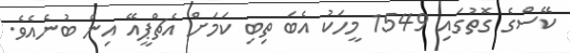
ކޭސްގެ ގޮތުގައި 1549 މީހަކު އެބަ ތިބި ކަމަށް އެޗްޕީއޭ އިން ބުނެއެވެ.